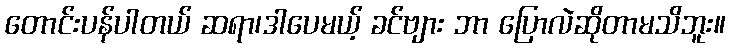
တောင်းပန်ပါတယ် ဆရာ၊ဒါပေမယ့် ခင်ဗျား ဘာ ပြောလဲဆိုတာမသိဘူး။